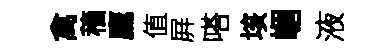
禽穡鷹值屛嗒垓嵋液